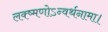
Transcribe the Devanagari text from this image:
लक्ष्मणोऽन्वर्थनामा।